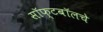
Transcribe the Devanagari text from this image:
सॉफ्टबॉलचे